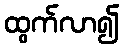
ထွက်လာ၍